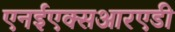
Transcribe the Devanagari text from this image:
एनईएक्सआरएडी